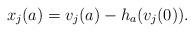
LaTeX: \begin{align*}x_j(a)=v_j(a)-h_{a}(v_j(0)).\end{align*}